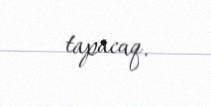
tapacaq.